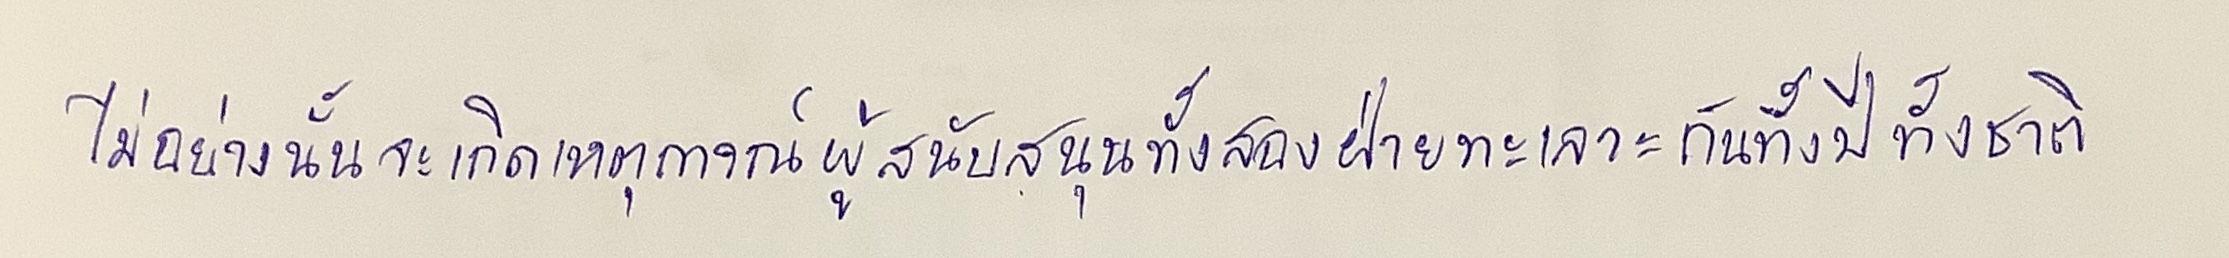
ไม่อย่างนั้นจะเกิดเหตุการณ์ผู้สนับสนุนทั้งสองฝ่ายทะเลาะกันทั้งปีทั้งชาติ